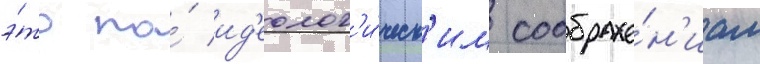
э́то по́ ид'еолог'и́ческ'им соображе́н'иам